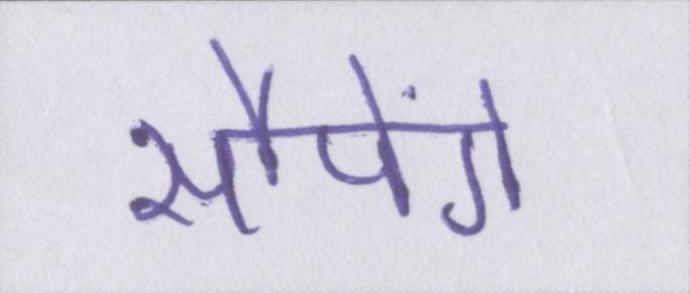
सौपेंगे